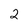
Character: 2